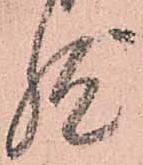
然